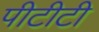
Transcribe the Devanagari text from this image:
पीटीटी